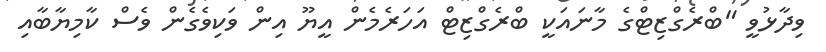
ވިދާޅުވީ "ބްރެގްޒިޓްގެ މާނައަކީ ބްރެގްޒިޓް އަހަރެމެން އީޔޫ އިން ވަކިވެގެން ވެސް ކާމިޔާބާއި